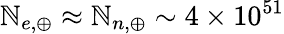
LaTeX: \mathbb{N}_{e,\oplus}\approx\mathbb{N}_{n,\oplus}\sim4\times10^{51}